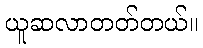
ယူဆလာတတ်တယ်။